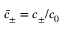
\bar { c } _ { \pm } = c _ { \pm } / c _ { 0 }